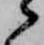
候